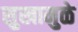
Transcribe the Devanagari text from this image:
सुखामुळे